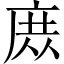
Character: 庻